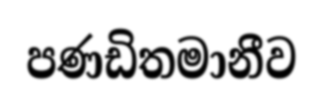
පණඩිතමානීව